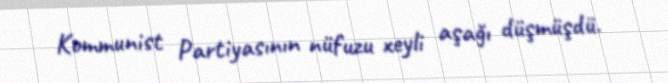
Kommunist Partiyasının nüfuzu xeyli aşağı düşmüşdü.